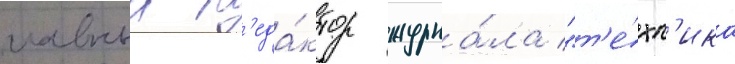
главныи р'еда́ктор журна́ла "т'е́хн'ика